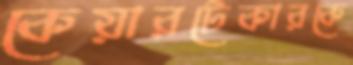
কেয়ারটেকারকে